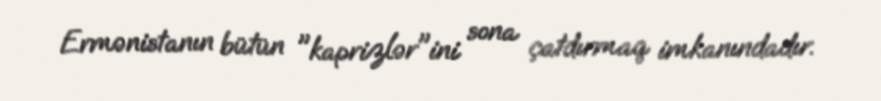
Ermənistanın bütün "kaprizlər"ini sona çatdırmaq imkanındadır.